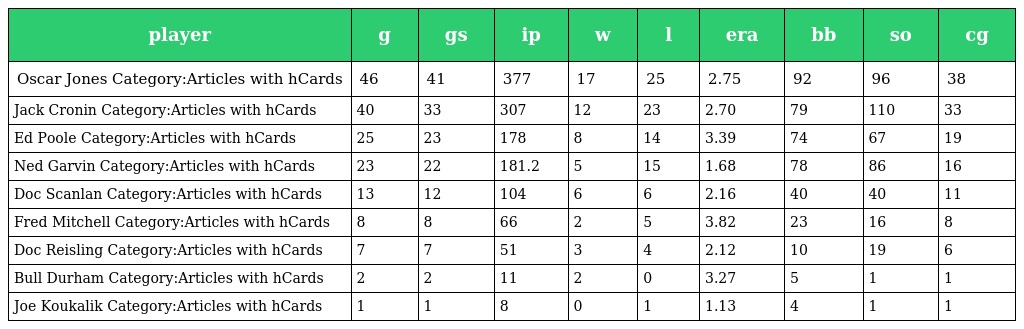
| player | g | gs | ip | w | l | era | bb | so | cg |
 | --- | --- | --- | --- | --- | --- | --- | --- | --- | --- |
 | Oscar Jones Category:Articles with hCards | 46 | 41 | 377 | 17 | 25 | 2.75 | 92 | 96 | 38 |
 | Jack Cronin Category:Articles with hCards | 40 | 33 | 307 | 12 | 23 | 2.70 | 79 | 110 | 33 |
 | Ed Poole Category:Articles with hCards | 25 | 23 | 178 | 8 | 14 | 3.39 | 74 | 67 | 19 |
 | Ned Garvin Category:Articles with hCards | 23 | 22 | 181.2 | 5 | 15 | 1.68 | 78 | 86 | 16 |
 | Doc Scanlan Category:Articles with hCards | 13 | 12 | 104 | 6 | 6 | 2.16 | 40 | 40 | 11 |
 | Fred Mitchell Category:Articles with hCards | 8 | 8 | 66 | 2 | 5 | 3.82 | 23 | 16 | 8 |
 | Doc Reisling Category:Articles with hCards | 7 | 7 | 51 | 3 | 4 | 2.12 | 10 | 19 | 6 |
 | Bull Durham Category:Articles with hCards | 2 | 2 | 11 | 2 | 0 | 3.27 | 5 | 1 | 1 |
 | Joe Koukalik Category:Articles with hCards | 1 | 1 | 8 | 0 | 1 | 1.13 | 4 | 1 | 1 |